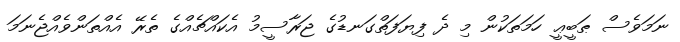
ނަމަވެސް ޠަބީޢީ ހަމަތަކުން މި ދެ ފިޔަފަތްގަނޑުގެ ޖަރާސީމު އެކައްޗެއްގެ ތެރޭ އެއްތަންވެއްޖެނަމަ